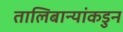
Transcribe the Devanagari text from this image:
तालिबान्यांकडुन